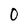
Character: 0